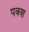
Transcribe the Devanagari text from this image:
पक्श